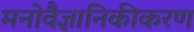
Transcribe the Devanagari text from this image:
मनोवैज्ञानिकीकरण